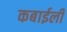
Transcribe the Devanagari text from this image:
कबाईली